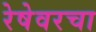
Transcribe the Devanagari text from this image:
रेषेवरचा